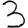
Digit: 3